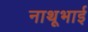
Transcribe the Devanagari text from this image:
नाथूभाई